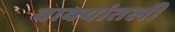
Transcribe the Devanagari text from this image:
वाक्यांतली